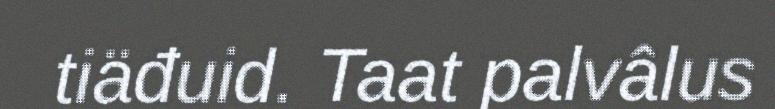
tiäđuid. Taat palvâlus